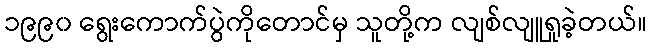
၁၉၉၀ ရွေးကောက်ပွဲကိုတောင်မှ သူတို့က လျစ်လျူရှုခဲ့တယ်။